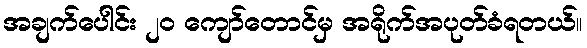
အချက်ပေါင်း ၂၀ ကျော်တောင်မှ အရိုက်အပုတ်ခံရတယ်။